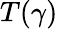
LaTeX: T(\gamma)